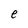
Character: e